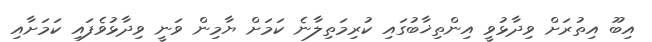
އިބޫ އިތުރަށް ވިދާޅުވީ އިންތިޚާބުގައި ކުރިމަތިލާނެ ކަމަށް ޔާމިން ވަނީ ވިދާޅުވެފައި ކަމަށާއި